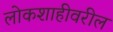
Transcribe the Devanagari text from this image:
लोकशाहीवरील